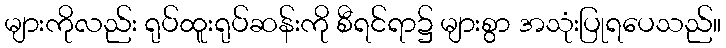
များကိုလည်း ရုပ်ထူးရုပ်ဆန်းကို စီရင်ရာ၌ များစွာ အသုံးပြုရပေသည်။